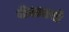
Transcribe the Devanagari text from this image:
जेवायचो